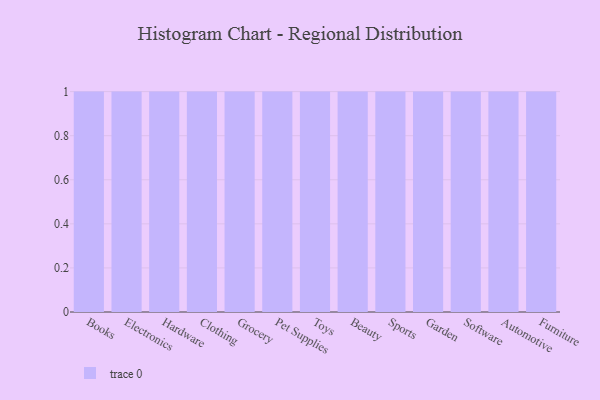
{"axis": {"x": "Category", "y": "LTV (USD)"}, "legend": [""], "data": [{"x": "Books", "y": 42, "type": ""}, {"x": "Electronics", "y": 74, "type": ""}, {"x": "Hardware", "y": 91, "type": ""}, {"x": "Clothing", "y": 45, "type": ""}, {"x": "Grocery", "y": 48, "type": ""}, {"x": "Pet Supplies", "y": 69, "type": ""}, {"x": "Toys", "y": 77, "type": ""}, {"x": "Beauty", "y": 12, "type": ""}, {"x": "Sports", "y": 64, "type": ""}, {"x": "Garden", "y": 52, "type": ""}, {"x": "Software", "y": 90, "type": ""}, {"x": "Automotive", "y": 52, "type": ""}, {"x": "Furniture", "y": 40, "type": ""}]}